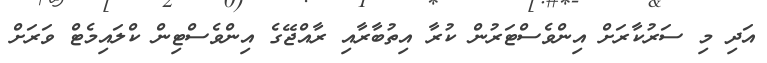
އަދި މި ސަރުކާރަށް އިންވެސްޓަރުން ކުރާ އިތުބާރާއި ރާއްޖޭގެ އިންވެސްޓިން ކްލައިމެޓް ވަރަށް